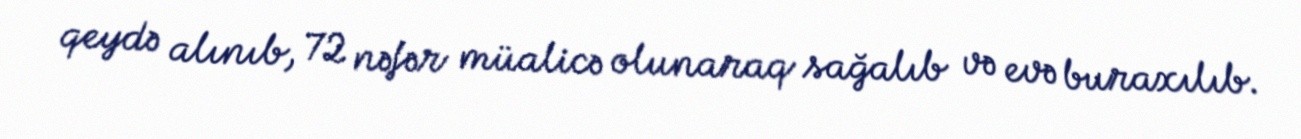
qeydə alınıb, 72 nəfər müalicə olunaraq sağalıb və evə buraxılıb.